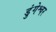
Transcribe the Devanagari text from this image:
डुंगेश्वर